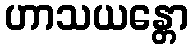
ဟာသယန္တော